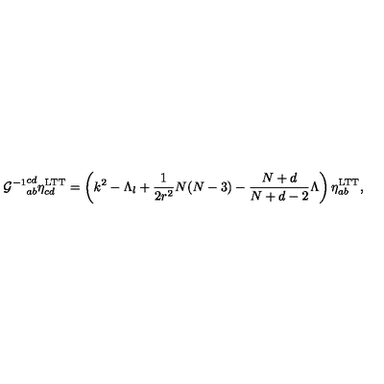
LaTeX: { { \cal G } ^ { - 1 } } _ { a b } ^ { c d } \eta _ { c d } ^ { \mathrm { L T T } } = \left( k ^ { 2 } - \Lambda _ { l } + \frac { 1 } { 2 r ^ { 2 } } N ( N - 3 ) - \frac { N + d } { N + d - 2 } \Lambda \right) \eta _ { a b } ^ { \mathrm { L T T } } ,